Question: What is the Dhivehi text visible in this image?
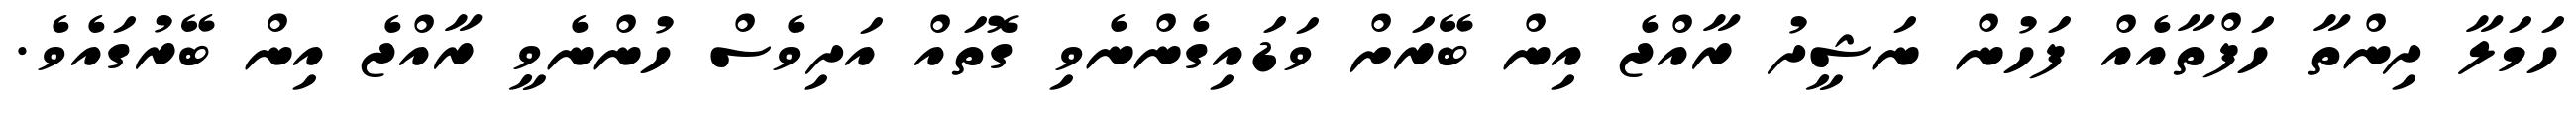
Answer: ހަމަލާ ދިންތާ ހަފްތާއެއް ފަހުން ނަޝީދު ރާއްޖެ އިން ބޭރަށް ވަޑައިގެންނެވި ގޮތައް އަދިވެސް ހުންނެވީ ރާއްޖެ އިން ބޭރުގައެވެ.